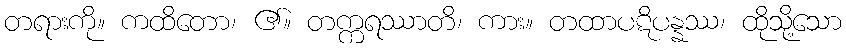
တရားကို။ ကထိတော၊ ၏။ တက္ကရဿာတိ၊ ကား။ တထာပဋိပန္နဿ၊ ထိုသို့သော